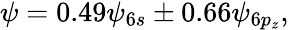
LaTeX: \begin{array}{r}{\psi=0.49\psi_{6s}\pm 0.66\psi_{6p_{z}},}\end{array}